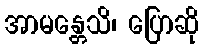
အာမန္တေသိ၊ ပြောဆို